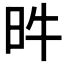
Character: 𣅫